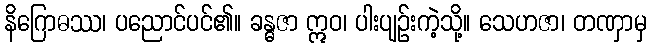
နိဂြောဓဿ၊ ပညောင်ပင်၏။ ခန္ဓဇာ ဣဝ၊ ပါးပျဉ်းကဲ့သို့။ သေဟဇာ၊ တဏှာမှ